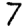
Digit: 7